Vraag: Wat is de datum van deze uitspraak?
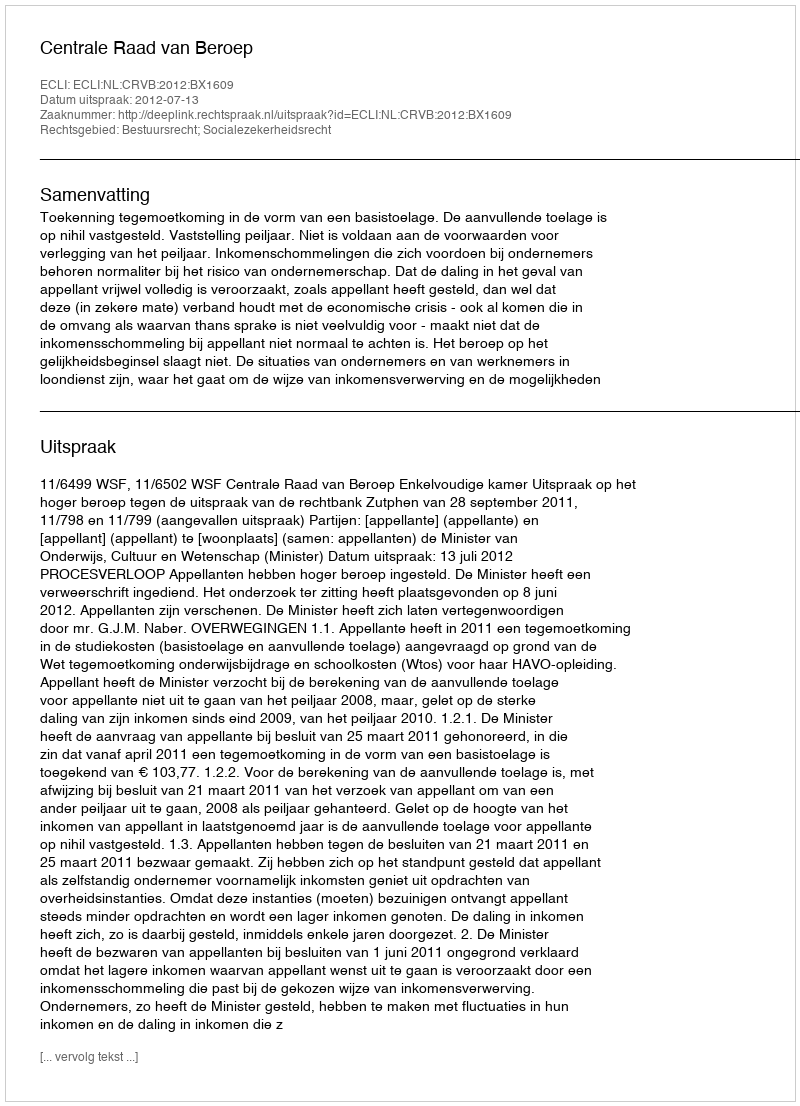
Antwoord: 2012-07-13